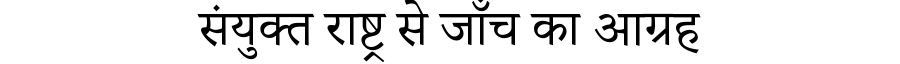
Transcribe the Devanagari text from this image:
संयुक्त राष्ट्र से जाँच का आग्रह